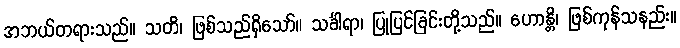
အဘယ်တရားသည်။ သတိ၊ ဖြစ်သည်ရှိသော်။ သင်္ခါရာ၊ ပြုပြင်ခြင်းတို့သည်။ ဟောန္တိ၊ ဖြစ်ကုန်သနည်း။